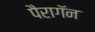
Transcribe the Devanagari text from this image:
पैरागॅन